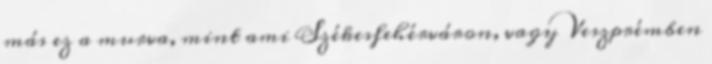
más ez a murva, mint ami Székesfehérváron, vagy Veszprémben